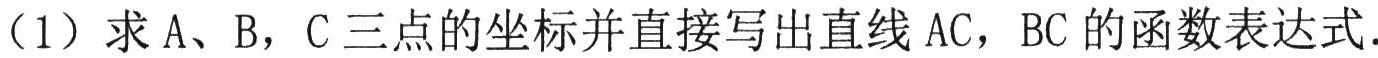
（1）求 A、B，C 三点的坐标并直接写出直线 AC，BC 的函数表达式.